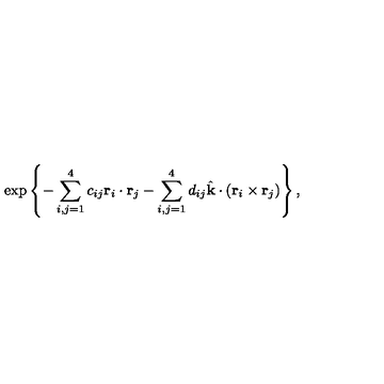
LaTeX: \exp \left\{ - \sum _ { i , j = 1 } ^ { 4 } c _ { i j } \mathrm { \bf r } _ { i } \cdot \mathrm { \bf r } _ { j } - \sum _ { i , j = 1 } ^ { 4 } d _ { i j } \hat { \mathrm { \bf k } } \cdot ( \mathrm { \bf r } _ { i } \times \mathrm { \bf r } _ { j } ) \right\} ,